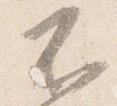
不